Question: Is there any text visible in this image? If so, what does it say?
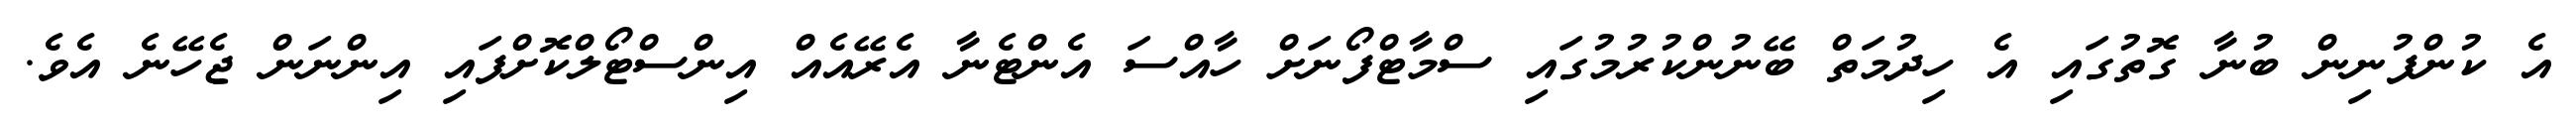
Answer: އެ ކުންފުނިން ބުނާ ގޮތުގައި އެ ހިދުމަތް ބޭނުންކުރުމުގައި ސްމާޓްފޯނަށް ހާއްސަ އެންޓެނާ އެރޭއެއް އިންސްޓޯލްކޮށްފައި އިންނަން ޖެހޭނެ އެވެ.